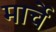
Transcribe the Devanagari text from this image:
मार्चे